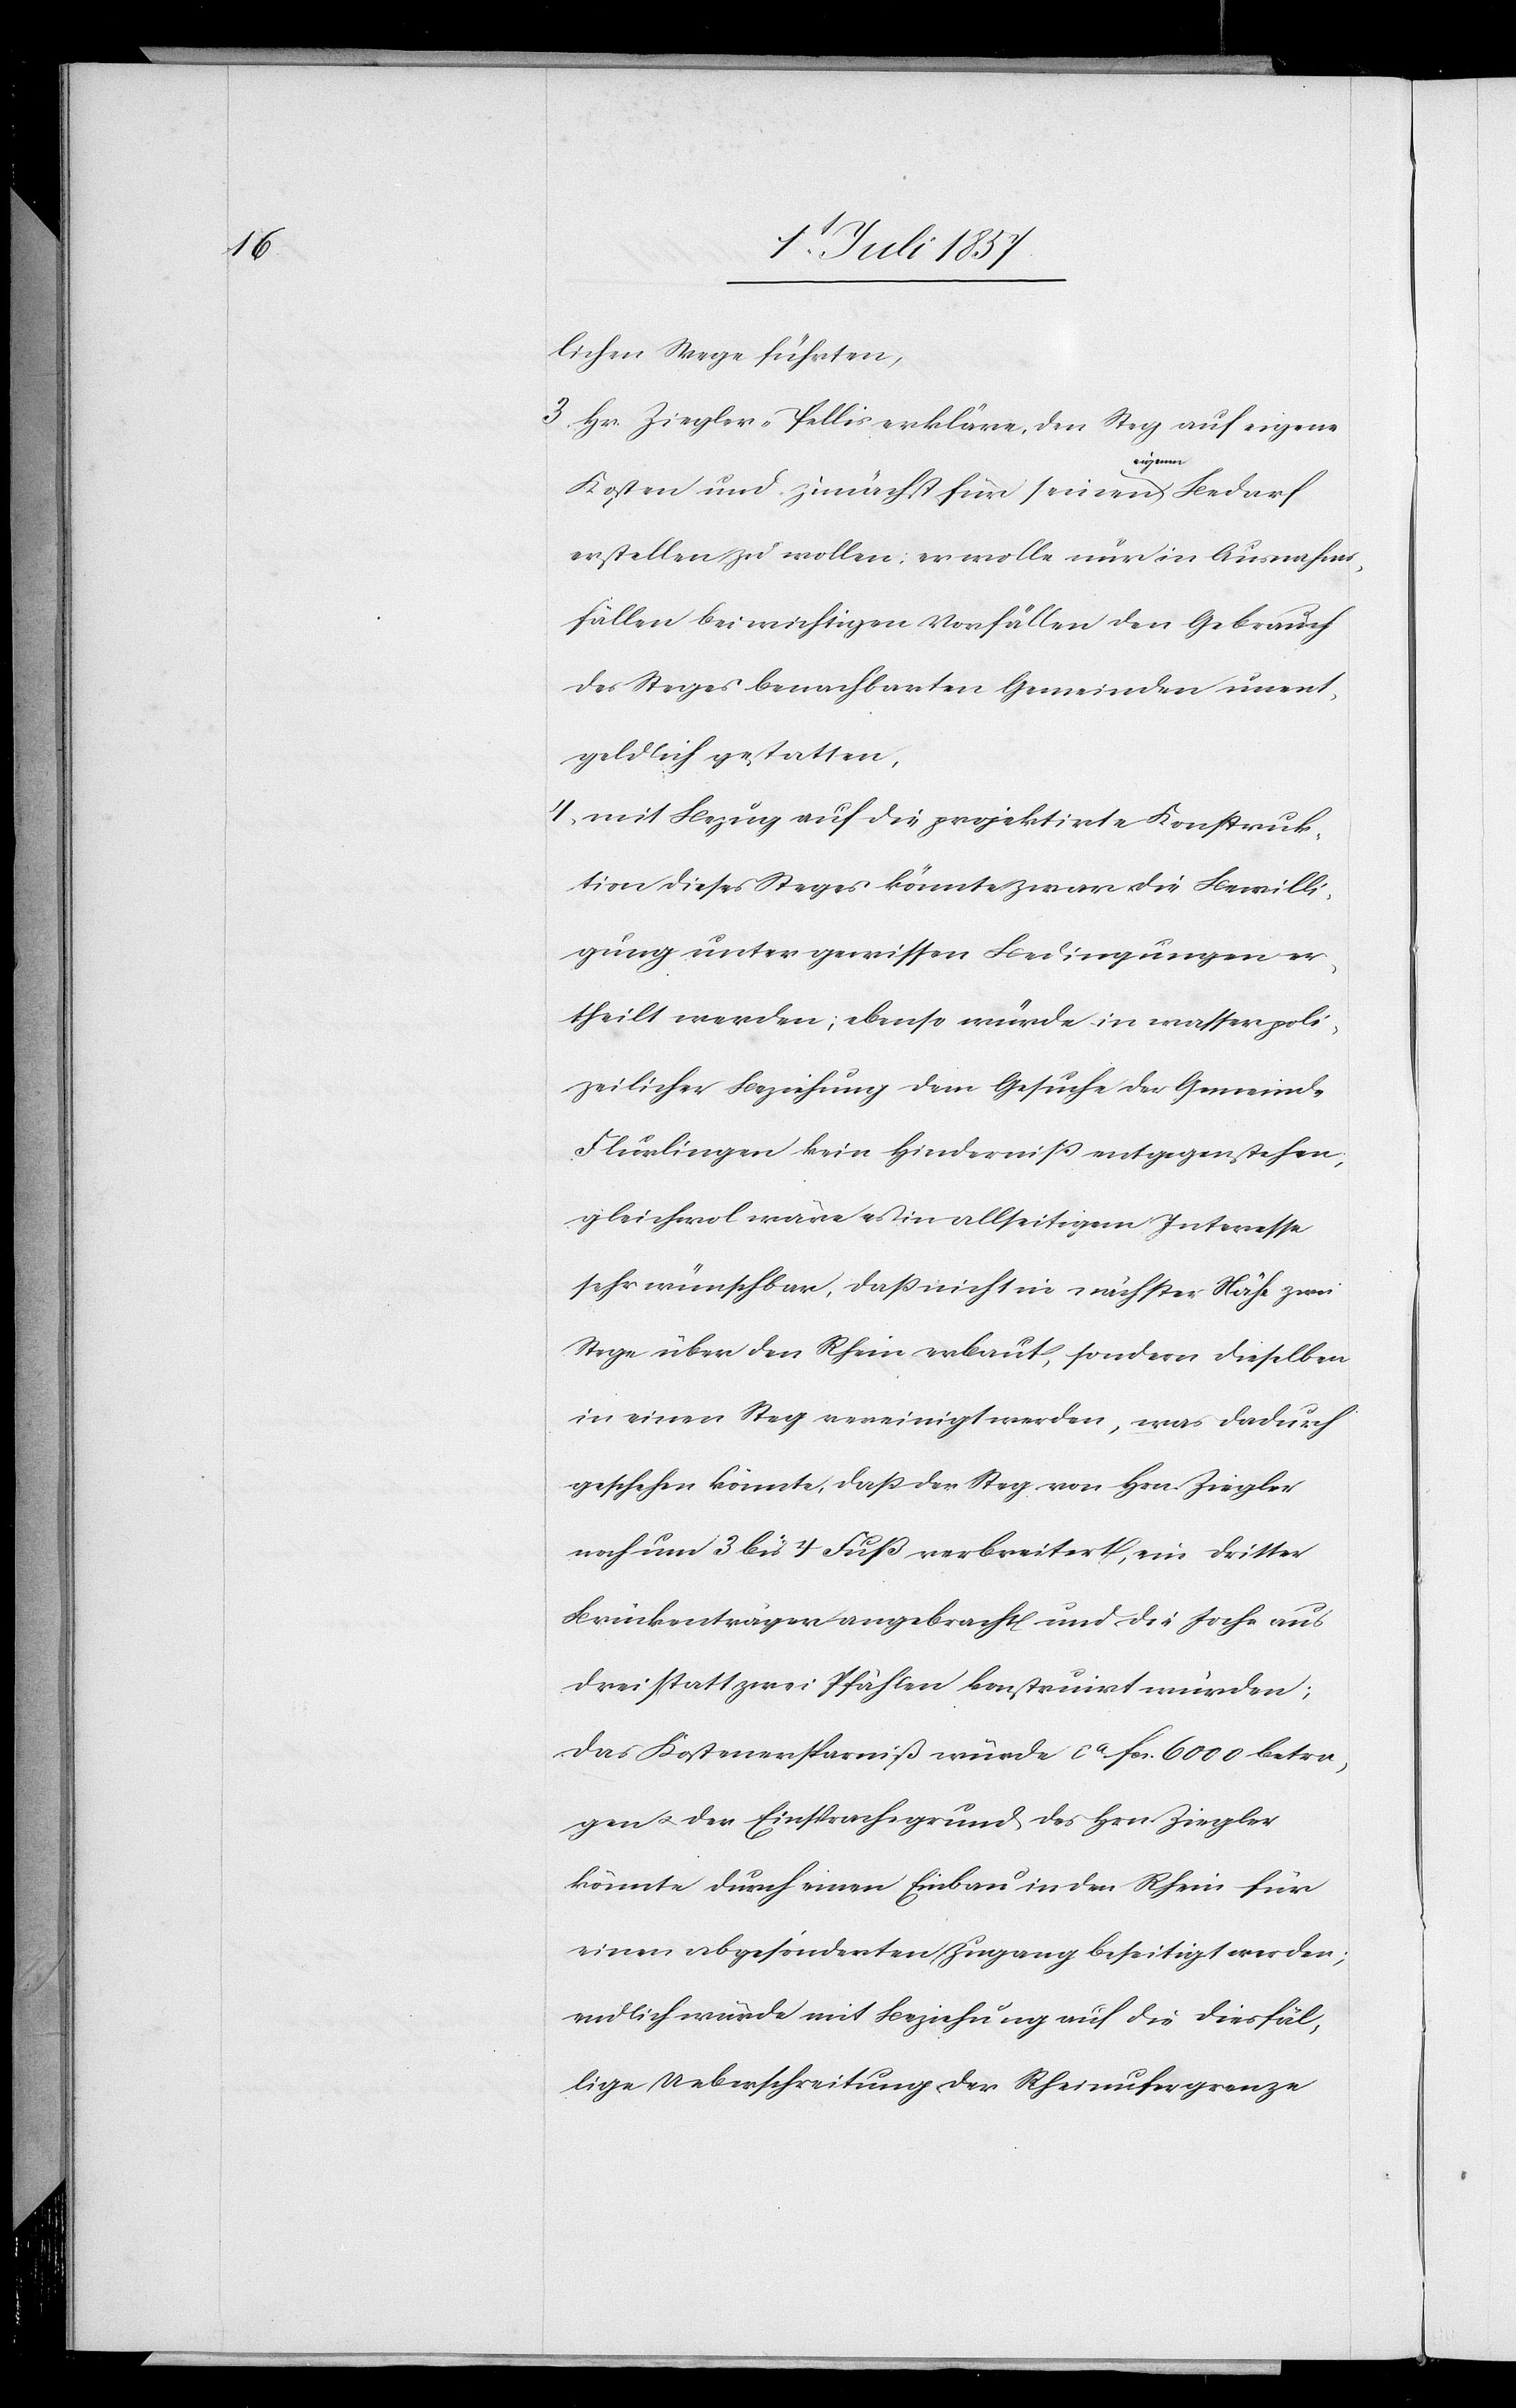
lichen Wege führten,
3. Hr. Ziegler-Pellis erkläre, den Steg auf eigene
Kosten und zunächst für seinen eigenen Bedarf
erstellen zu wollen, er wolle nur in Ausnahme¬
fällen bei wichtigen Vorfällen den Gebrauch
des Steges benachbarten Gemeinden unent¬
geldlich gestatten,
4. mit Bezug auf die projektirte Konstruk¬
tion dieses Steges könnte zwar die Bewilli¬
gung unter gewissen Bedingungen er¬
theilt werden; ebenso würde in wasserpoli¬
zeilicher Beziehung dem Gesuche der Gemeinde
Flurlingen kein Hinderniß entgegenstehen,
gleichwohl wäre es in allseitigem Interesse
sehr wünschbar, daß nicht in nächster Nähe zwei
Stege über den Rhein erbaut, sondern dieselben
in einem Steg vereinigt werden, was dadurch
geschehen könnte, daß der Steg von Hrn. Ziegler
noch um 3 bis 7 Fuß verbreitert, ein dritter
Brückenträger angebracht und die Joche aus
drei statt zwei Pfählen konstruirt würden;
das Kostenersparniß würde ca fcs. 6 000 betra¬
gen & der Einsprachsgrund des Hrn. Ziegler
könnte durch einen Einbau in den Rhein für
einen abgesonderten Zugang beseitigt werden;
endlich würde mit Beziehung auf die diesfäl¬
lige Ueberschreitung der Rheinufergrenze